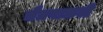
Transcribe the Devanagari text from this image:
चैत्रपालवी